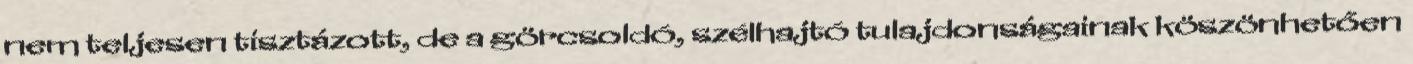
nem teljesen tisztázott, de a görcsoldó, szélhajtó tulajdonságainak köszönhetően